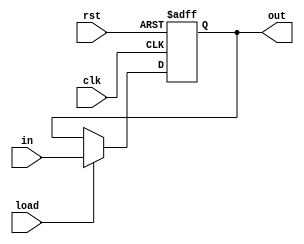
module register #(parameter WIDTH=8) (
  input clk, rst,
  input load,
  input [WIDTH-1:0] in,
  output reg [WIDTH-1:0] out
);

  // Sync Write and Async Reset
  always @(posedge clk or negedge rst) begin
    if (!rst) out <= {WIDTH{1'b0}}; // reset register
    else if (load) out <= in;       // write to register
  end

endmodule